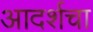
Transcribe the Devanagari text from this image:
आदर्शचा